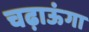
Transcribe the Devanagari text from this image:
चढ़ाऊंगा